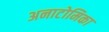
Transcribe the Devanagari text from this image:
अनाटोमिका